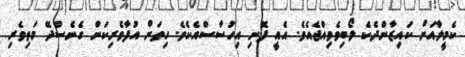
ކެމީލާއަށް ކައިޒާންދެކެ ލޯބިވެވިއްޖެއެވެ. އެއީ ފޮނި އިހުސާސްއެކެވެ. ހިތަށް އުފާވެރިކަން ގެނެސްދޭ މަތިވެރި